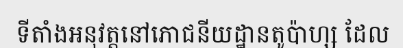
ទីតាំងអនុវត្តនៅភោជនីយដ្ឋានតូប៉ាហ្ស ដែល